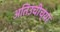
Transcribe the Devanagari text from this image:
अतिउंचीच्या